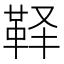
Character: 𱁳